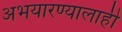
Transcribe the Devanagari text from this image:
अभयारण्यालाही